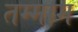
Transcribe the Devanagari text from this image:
तम्माम